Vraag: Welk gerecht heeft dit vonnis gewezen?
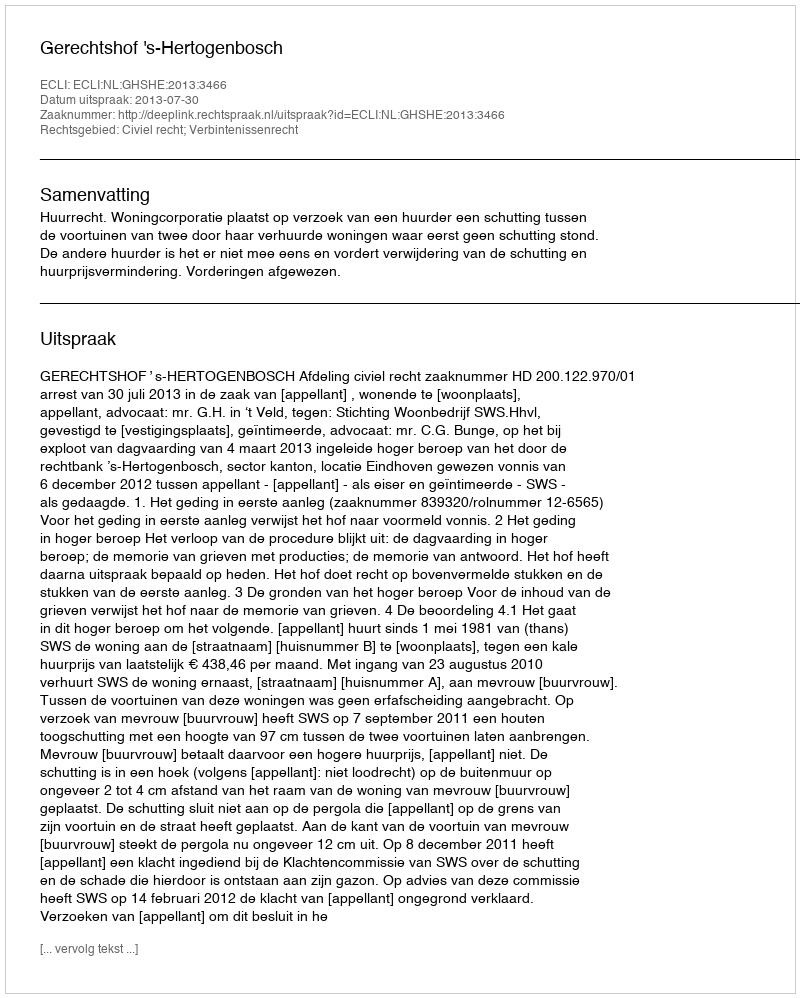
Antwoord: Gerechtshof 's-Hertogenbosch